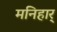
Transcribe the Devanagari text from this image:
मनिहार्